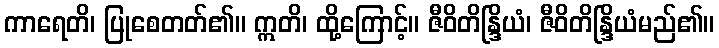
ကာရေတိ၊ ပြုစေတတ်၏။ ဣတိ၊ ထို့ကြောင့်။ ဇီဝိတိန္ဒြိယံ၊ ဇီဝိတိန္ဒြိယံမည်၏။